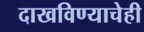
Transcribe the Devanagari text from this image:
दाखविण्याचेही